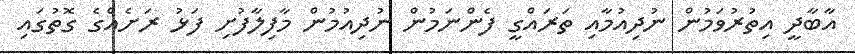
އާބާދީ އިތުރުވަމުން ނުދިއުމާއި ތަރައްގީ ފެންނަމުން ނުދިއުމުން މާފިލާފުށި ފަޅު ރަށެއްގެ ގޮތުގައި